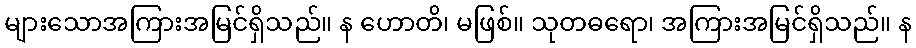
များသောအကြားအမြင်ရှိသည်။ န ဟောတိ၊ မဖြစ်။ သုတဓရော၊ အကြားအမြင်ရှိသည်။ န